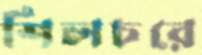
শিলচরে